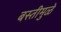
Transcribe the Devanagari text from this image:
बस्तीमुळे